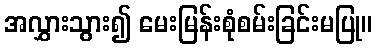
အလွှားသွား၍ မေးမြန်းစုံစမ်းခြင်းမပြု။